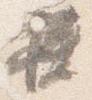
挟